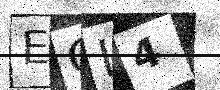
Text: EGL4